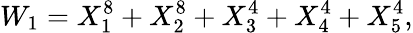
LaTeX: W_{1}=X_{1}^{8}+X_{2}^{8}+X_{3}^{4}+X_{4}^{4}+X_{5}^{4},